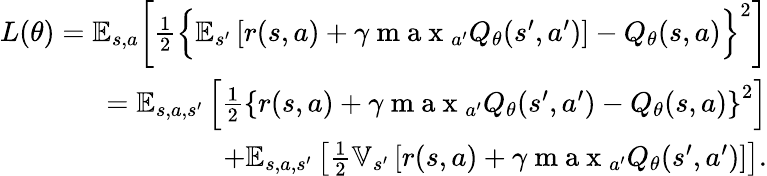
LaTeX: \begin{array}{r}{L(\theta)=\mathbb{E}_{s,a}\bigg[\frac{1}{2}\Big\lbrace\mathbb{E}_{s^{\prime}}\left[r(s,a)+\gamma\mathrm{~m~a~x~}_{a^{\prime}}Q_{\theta}(s^{\prime},a^{\prime})\right]-Q_{\theta}(s,a)\Big\rbrace^{2}\bigg]}\\ {=\mathbb{E}_{s,a,s^{\prime}}\left[\frac{1}{2}\left\lbrace r(s,a)+\gamma\mathrm{~m~a~x~}_{a^{\prime}}Q_{\theta}(s^{\prime},a^{\prime})-Q_{\theta}(s,a)\right\rbrace^{2}\right]}\\ {+\mathbb{E}_{s,a,s^{\prime}}\left[\frac{1}{2}\mathbb{V}_{s^{\prime}}\left[r(s,a)+\gamma\mathrm{~m~a~x~}_{a^{\prime}}Q_{\theta}(s^{\prime},a^{\prime})\right]\right].}\end{array}